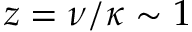
z = \nu / \kappa \sim 1